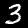
Label: 3